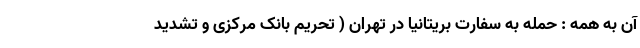
آن به همه : حمله به سفارت بریتانیا در تهران ( تحریم بانک مرکزی و تشدید